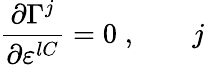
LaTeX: \frac{\partial\Gamma^{j}}{\partial\varepsilon^{lC}}=0\; ,\; \; \; \; \; \; \; j